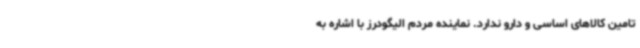
تامین کالاهای اساسی و دارو ندارد. نماینده مردم الیگودرز با اشاره به